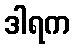
ဒါရက